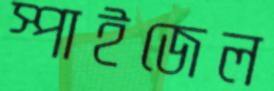
স্পাইজেল